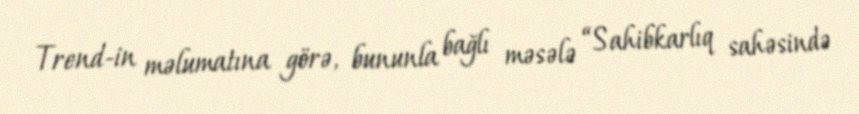
Trend-in məlumatına görə, bununla bağlı məsələ “Sahibkarlıq sahəsində